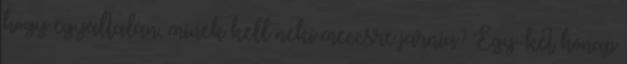
hogy egyáltalán, minek kell neki meccsre járnia? Egy-két hónap